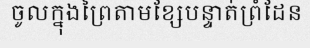
ចូលក្នុងព្រៃតាមខ្សែបន្ទាត់ព្រំដែន